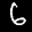
Label: 6